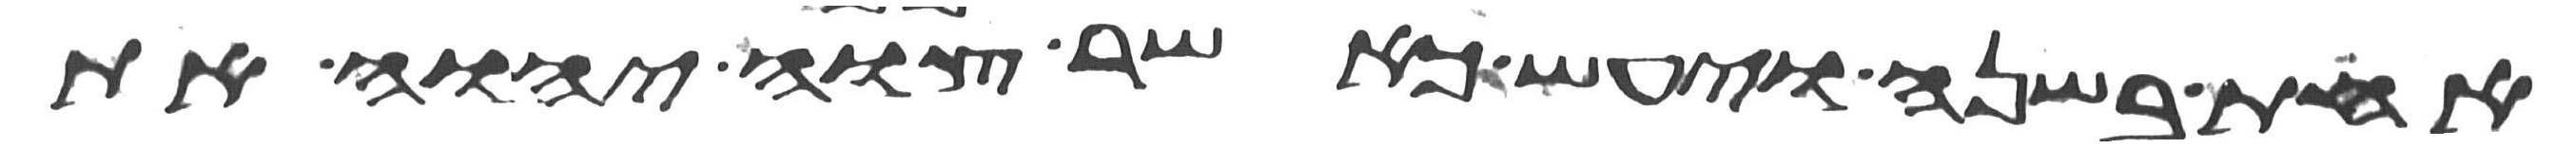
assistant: אחת בשנה ויעש כאשר צוה יהוה את